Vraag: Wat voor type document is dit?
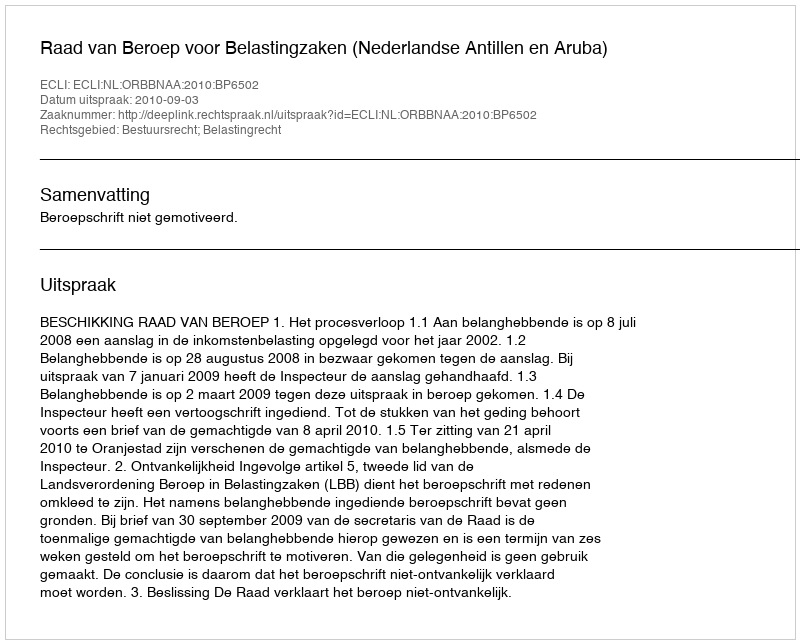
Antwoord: Uitspraak